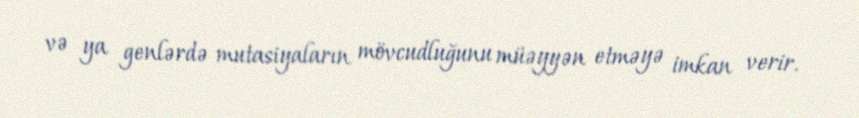
və ya genlərdə mutasiyaların mövcudluğunu müəyyən etməyə imkan verir.